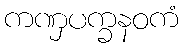
ကဏှပက္ခနဝကံ